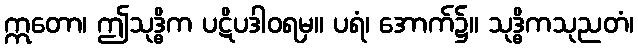
ဣတော၊ ဤသုဒ္ဓိက ပဋိပဒါဝရမှ။ ပရံ၊ အောက်၌။ သုဒ္ဓိကသုညတံ၊